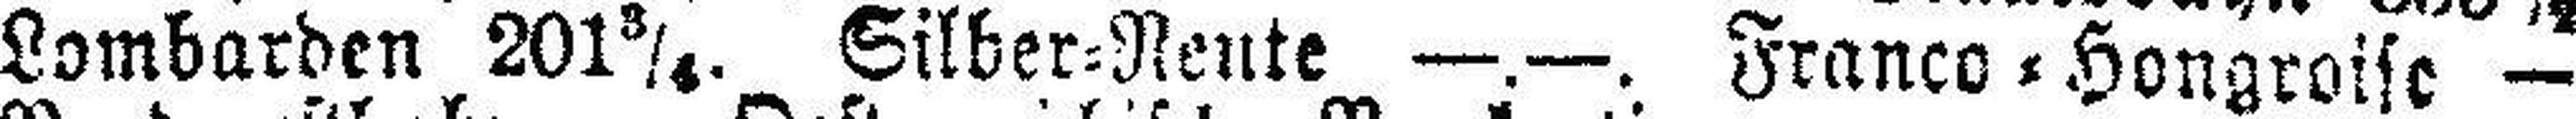
Lombarden 201¾. Silber=Rente —.—. Franco=Hongroise —